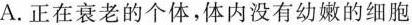
A.正在衰老的个体，体内没有幼嫩的细胞